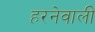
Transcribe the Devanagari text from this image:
हरनेवाली